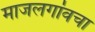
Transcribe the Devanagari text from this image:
माजलगांवचा